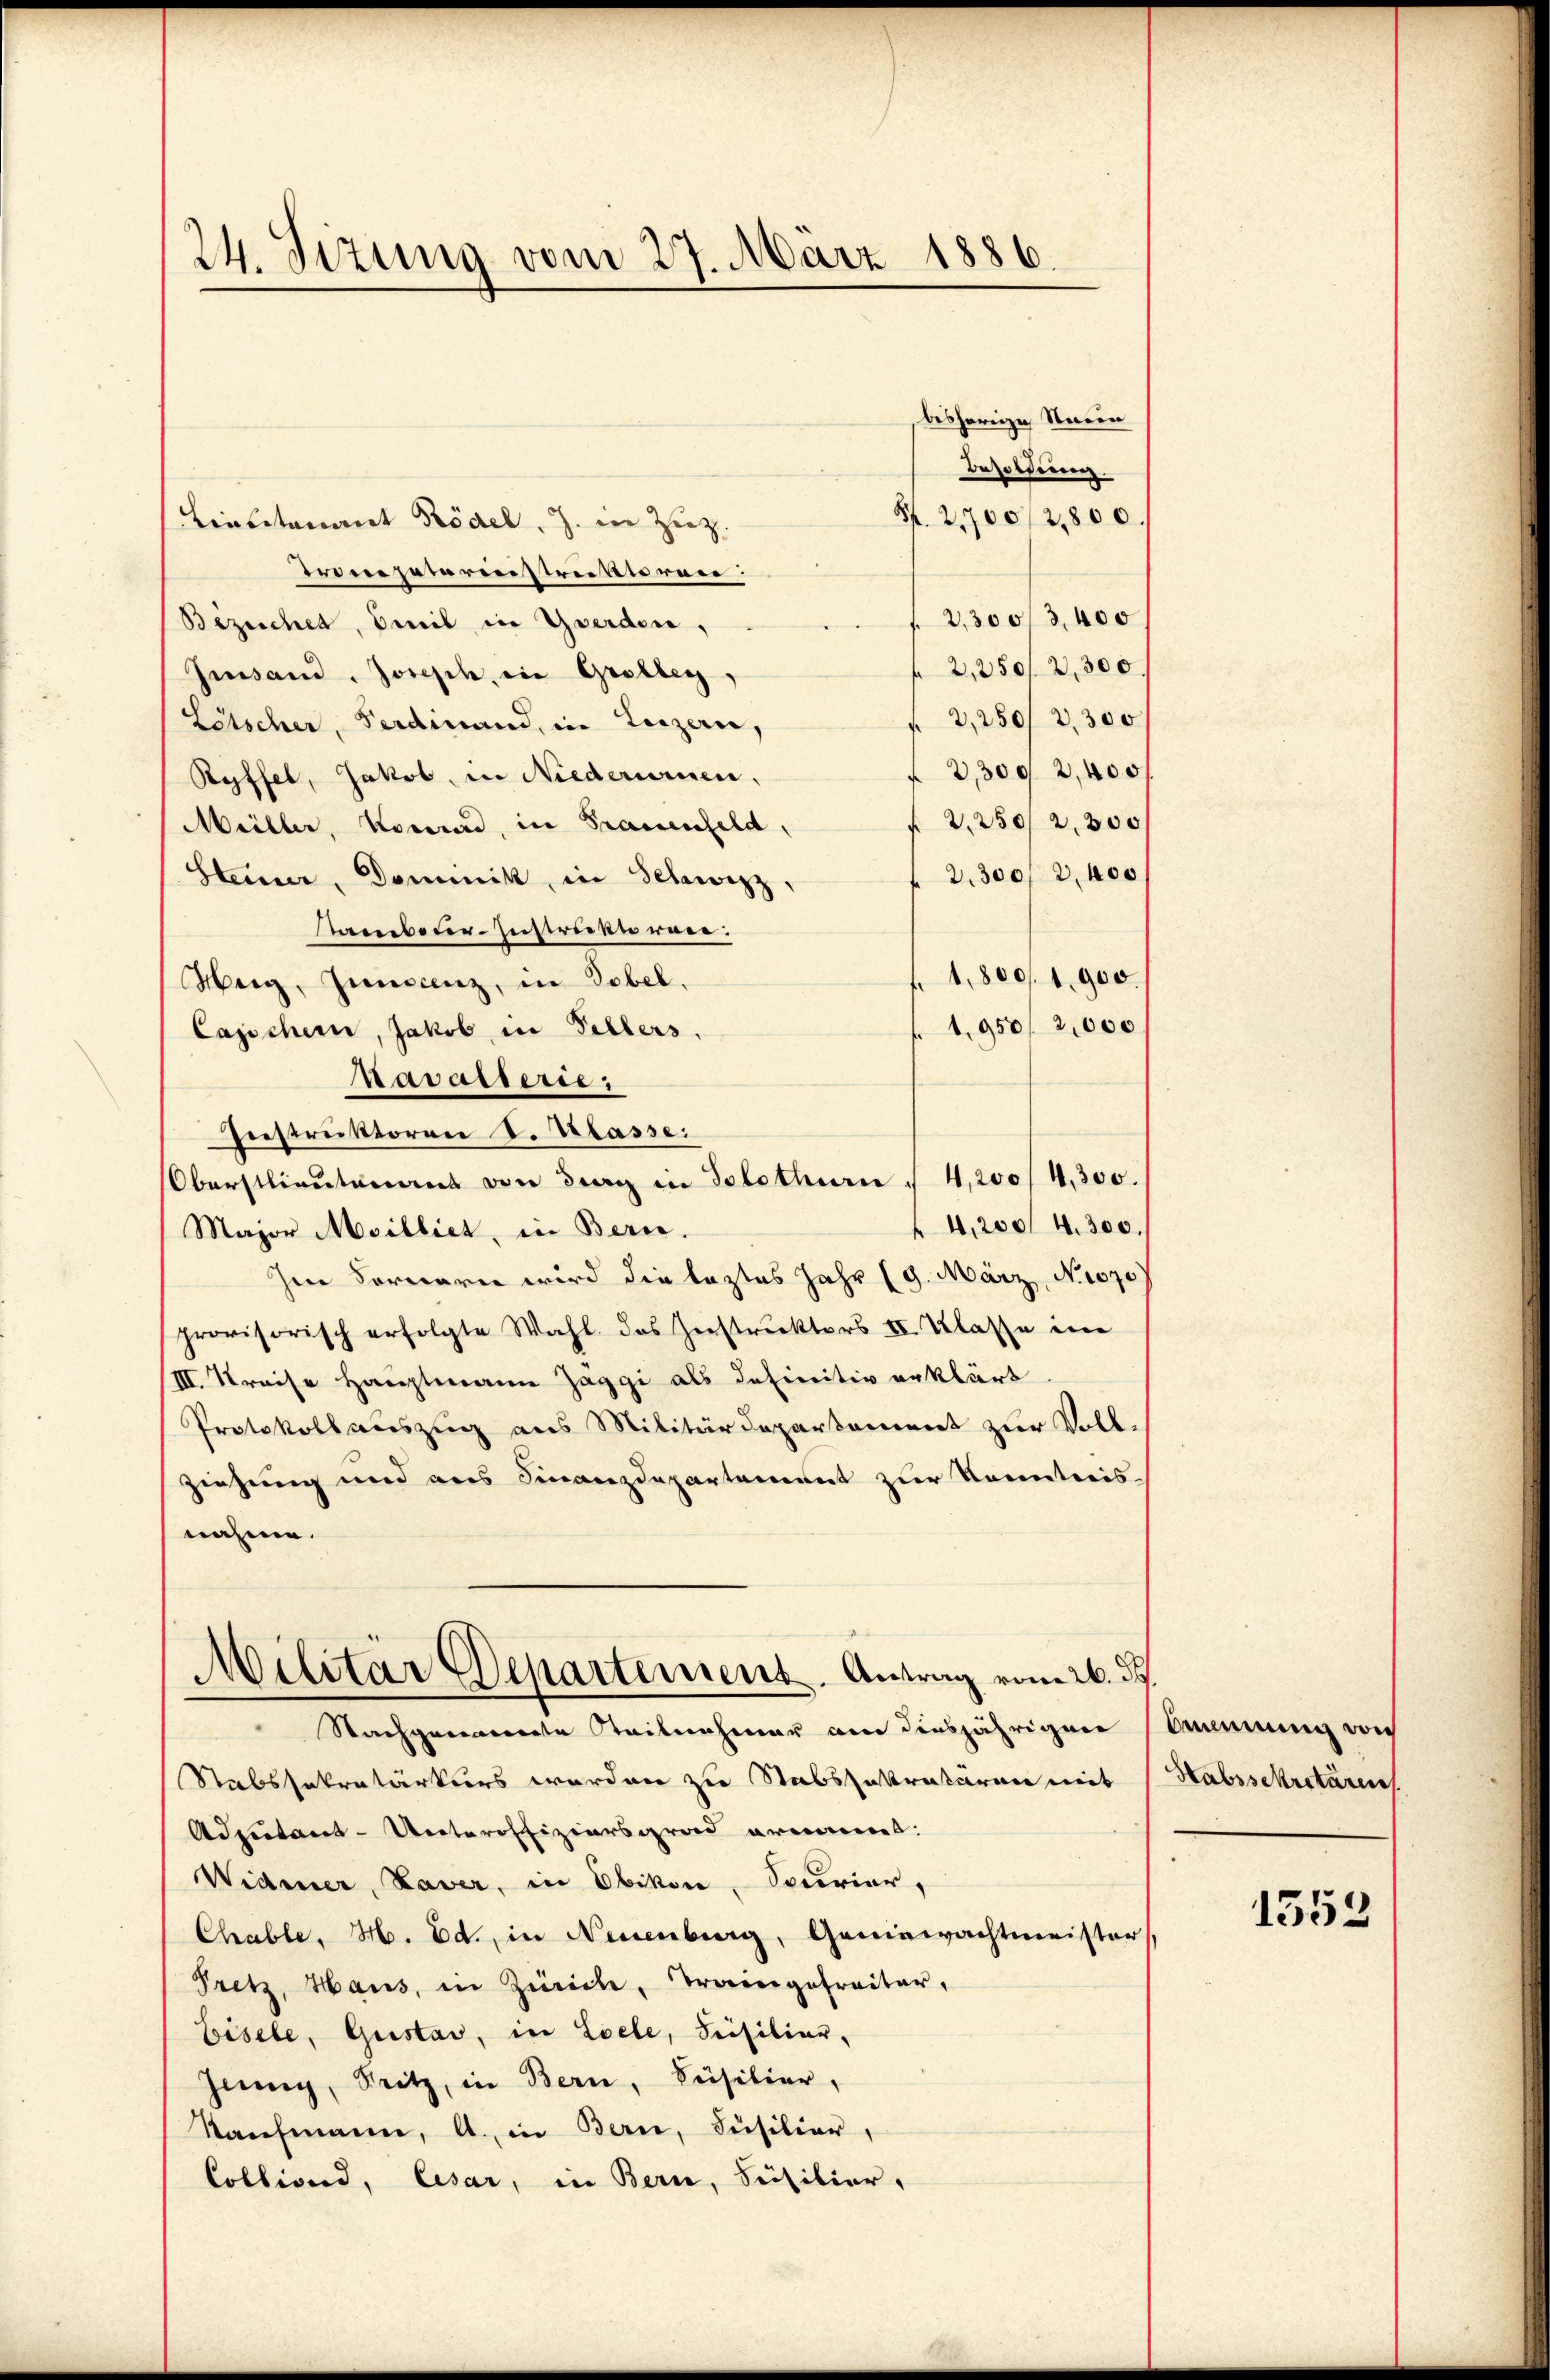
24. Sizung vom 27. März 1886.

besherige Strein
Besoldung.
S. 2700/2,800.
Lieutenant Rödel. J. in Zieg
Trompeterinstreikiren:
2,3003,400
Bezeichet, Emil in Gwerden,
2,250/2,300.
Gesand, Joseph, in Grolleg,
2,250/2,300
Letscher, Ferdinand, in Luzern,
f 2,309 2,400/
Ryffel, Jakob, in Niederumen,
f 2,250/2,300
Müller, Konrad, in Frauenfeld,
2,300/2,400
Steiner, Dominik, in Schwizz,
ambeter-Austriden wäre:
f. 1,800/1,900
Herg, Juniscenz, in Tobel.
1,950/2,000
Capschein, Jakob in Pillers,
navaterie:
Instruktoren V. Klasse.
Oberstlieutenant von Frag in Solothurn / 4,200/4,300.
4,200/ 4300.
Major Meilliet, in Bern.
Im Forneren wird die leztes Jahr (9. März, Ni070
provisorisch erfolgte Wahl das Zerstruktors II. Klasse im
III. Kreise Hauptmann Zaggi als definitiv erklärt
Protokoll auszug aus Militärdepartement zur Vollziehung und aus Finanzdepartament zur Kenntnis-
nahme.
Militär Departement. Antrag vom 26. ds.
Nachgenierte Steilnehmer am diesjährigen Amenung von
Rabssekretärkurs werden zu Stabszakretären mit
Adjutant-Unteroffiziarsgrad ernannt:
Widmer, Vaver, in Ebikon, Spurier,
Chable, H. Ed., in Neuenburg, Geniewachtmeister,
Pretz, Haus, in Zürich, Traingefreiter,
bisele, Gustav, in Loele, Prisiliar-
Zinng, Seitz, in Bern, Füsilier,
Saŭfmann, A. in Bern, Füsilier,
Colliond, Cesar, in Bern, Füsilier,

Stabssekretären

1553